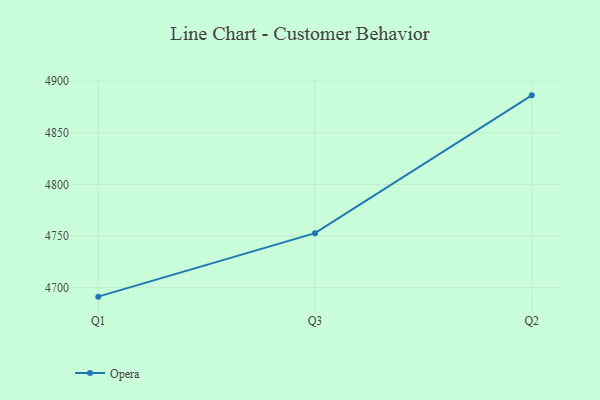
{"axis": {"x": "Quarter", "y": "Waste Production (Tons)"}, "legend": ["Opera"], "data": [{"x": "Q1", "y": 4691.3, "type": "Opera"}, {"x": "Q3", "y": 4752.8, "type": "Opera"}, {"x": "Q2", "y": 4886.3, "type": "Opera"}]}